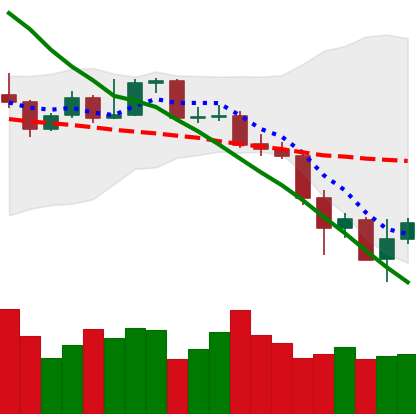
Ticker: XMR-USD
Chart end date: 2019-11-26
Forward return: 3.608%
Label: up_3_5